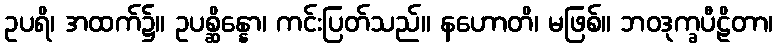
ဥပရိ၊ အထက်၌။ ဥပစ္ဆိန္နော၊ ကင်းပြတ်သည်။ နဟောတိ၊ မဖြစ်။ ဘဝဒုက္ခပီဠိတာ၊